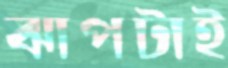
ঝাপটাই